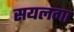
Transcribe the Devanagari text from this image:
सयलगा